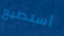
أستطيع